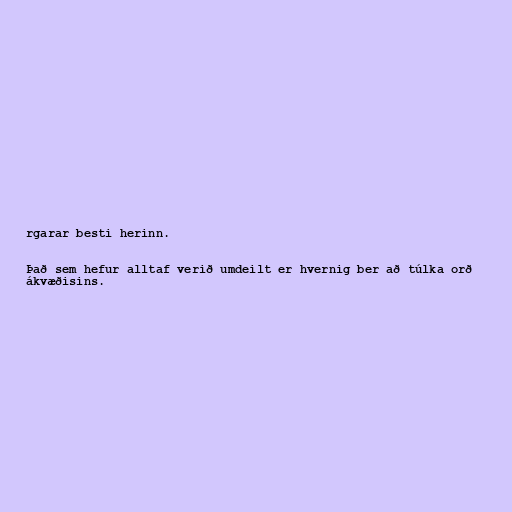
rgarar besti herinn.

Það sem hefur alltaf verið umdeilt er hvernig ber að túlka orð
ákvæðisins.